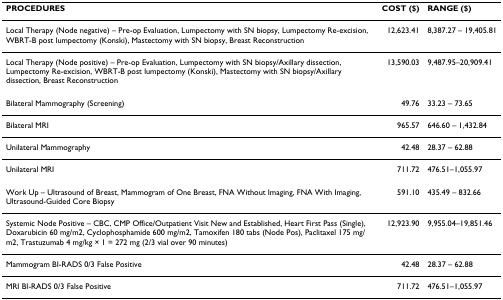
| PROCEDURES | COST ($) | RANGE ($) |
 | --- | --- | --- |
 | Local Therapy (Node negative) – Pre-op Evaluation, Lumpectomy with SN biopsy, Lumpectomy Re-excision, WBRT-B post lumpectomy (Konski), Mastectomy with SN biopsy, Breast Reconstruction | 12,623.41 | 8,387.27 – 19,405.81 |
 | Local Therapy (Node positive) – Pre-op Evaluation, Lumpectomy with SN biopsy/Axillary dissection, Lumpectomy Re-excision, WBRT-B post lumpectomy (Konski), Mastectomy with SN biopsy/Axillary dissection, Breast Reconstruction | 13,590.03 | 9,487.95–20,909.41 |
 | Bilateral Mammography (Screening) | 49.76 | 33.23 – 73.65 |
 | Bilateral MRI | 965.57 | 646.60 – 1,432.84 |
 | Unilateral Mammography | 42.48 | 28.37 – 62.88 |
 | Unilateral MRI | 711.72 | 476.51–1,055.97 |
 | Work Up – Ultrasound of Breast, Mammogram of One Breast, FNA Without Imaging, FNA With Imaging, Ultrasound-Guided Core Biopsy | 591.10 | 435.49 – 832.66 |
 | Systemic Node Positive – CBC, CMP Office/Outpatient Visit New and Established, Heart First Pass (Single), Doxarubicin 60 mg/m2, Cyclophosphamide 600 mg/m2, Tamoxifen 180 tabs (Node Pos), Paclitaxel 175 mg/m2, Trastuzumab 4 mg/kg × 1 = 272 mg (2/3 vial over 90 minutes) | 12,923.90 | 9,955.04–19,851.46 |
 | Mammogram BI-RADS 0/3 False Positive | 42.48 | 28.37 – 62.88 |
 | MRI BI-RADS 0/3 False Positive | 711.72 | 476.51–1,055.97 |